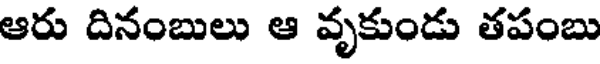
ఆరు దినంబులు ఆ వృకుండు తపంబు